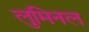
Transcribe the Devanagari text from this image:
लुमिनल